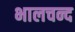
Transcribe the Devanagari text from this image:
भालचन्द